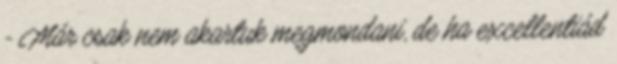
- Már csak nem akartuk megmondani, de ha excellentiád